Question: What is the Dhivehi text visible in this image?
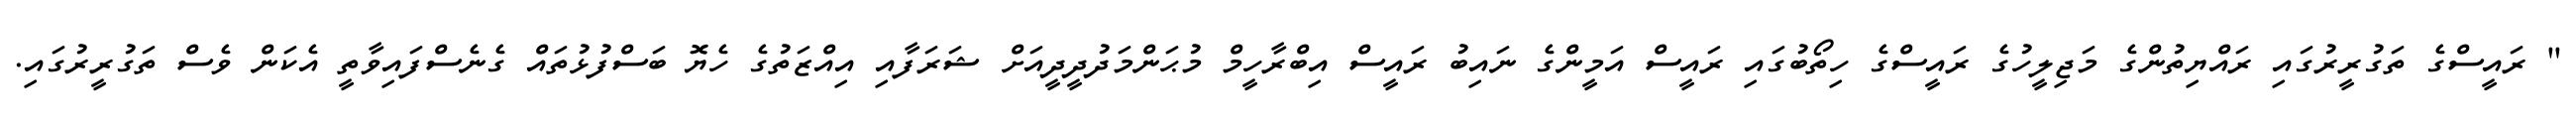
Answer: " ރައީސްގެ ތަގުރީރުގައި ރައްޔިތުންގެ މަޖިލީހުގެ ރައީސްގެ ހިތޯބުގައި ރައީސް އަމީންގެ ނައިބު ރައީސް އިބްރާހީމް މުޙަންމަދުދީދީއަށް ޝަރަފާއި އިއްޒަތުގެ ހެޔޮ ބަސްފުޅުތައް ގެނެސްފައިވާތީ އެކަން ވެސް ތަގުރީރުގައި.